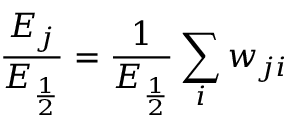
\frac { E _ { j } } { E _ { \frac { 1 } { 2 } } } = \frac { 1 } { E _ { \frac { 1 } { 2 } } } \sum _ { i } w _ { j i }